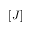
[ J ]